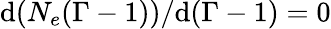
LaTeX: \mathrm{d}(N_{e}(\Gamma-1))/\mathrm{d}(\Gamma-1)=0